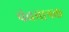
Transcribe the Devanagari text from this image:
पंचमात्रक